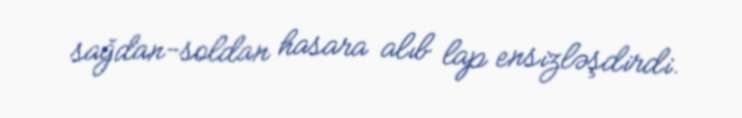
sağdan-soldan hasara alıb lap ensizləşdirdi.